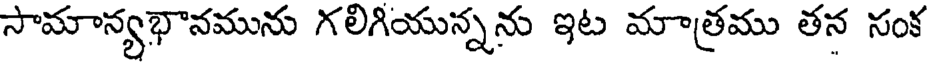
సామాన్యభానమును గలిగియున్నను ఇట మాత్రము తన సంక